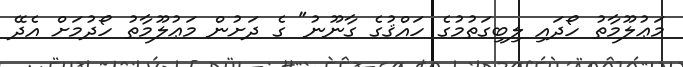
މަޢުލޫމާތު ހޯދައި ލިބިގަތުމުގެ ހައްޤުގެ ގާނޫނު" ގެ ދަށުން މަޢުލޫމާތު ހޯދުމަށް އެދޭ